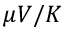
\mu V / K